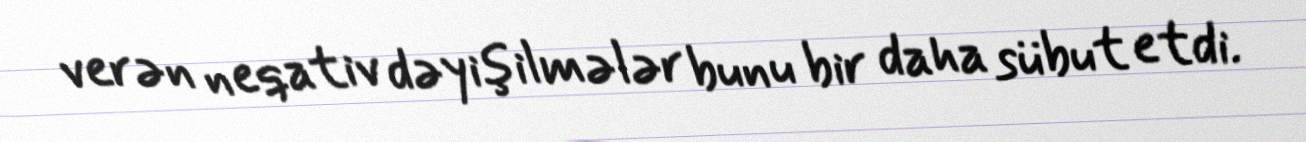
verən neqativ dəyişilmələr bunu bir daha sübut etdi.